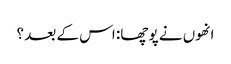
انھوں نے پوچھا: اس کے بعد ؟